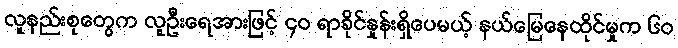
လူနည်းစုတွေက လူဦးရေအားဖြင့် ၄ဝ ရာခိုင်နှုန်းရှိပေမယ့် နယ်မြေနေထိုင်မှုက ၆ဝ